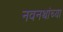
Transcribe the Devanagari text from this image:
नवनथांच्या